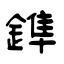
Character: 鎨